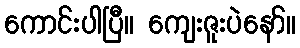
ကောင်းပါပြီ။ ကျေးဇူးပဲနော်။